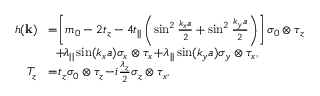
\begin{array} { r l } { h ( { \bf k } ) } & { \! = \! \left[ m _ { 0 } - 2 t _ { z } - 4 t _ { | | } \left( \sin ^ { 2 } \frac { k _ { x } a } { 2 } + \sin ^ { 2 } \frac { k _ { y } a } { 2 } \right) \right] \sigma _ { 0 } \otimes \tau _ { z } } \\ & { ~ ~ \! + \! \lambda _ { | | } \sin ( k _ { x } a ) \sigma _ { x } \otimes \tau _ { x } \! + \! \lambda _ { | | } \sin ( k _ { y } a ) \sigma _ { y } \otimes \tau _ { x } , } \\ { T _ { z } } & { \! = \! t _ { z } \sigma _ { 0 } \otimes \tau _ { z } \! - \! i \frac { \lambda _ { z } } { 2 } \sigma _ { z } \otimes \tau _ { x } , } \end{array}